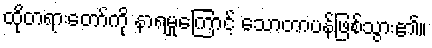
ထိုတရားတော်ကို နာရမှုကြောင့် သောတာပန်ဖြစ်သွား၏။